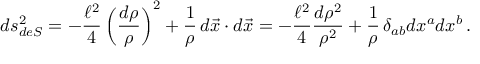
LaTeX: d s _ { d e S } ^ { 2 } = - { \frac { \ell ^ { 2 } } { 4 } } \left( { \frac { d \rho } { \rho } } \right) ^ { 2 } + { \frac { 1 } { \rho } } \, d \vec { x } \cdot d \vec { x } = - { \frac { \ell ^ { 2 } } { 4 } } { \frac { d \rho ^ { 2 } } { \rho ^ { 2 } } } + { \frac { 1 } { \rho } } \, \delta _ { a b } d x ^ { a } d x ^ { b } \, .